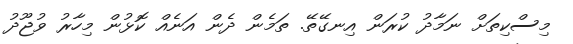
މިސްކިތަށް ނަމާދު ކުރަން އިނގޭތޭ. ތަމެން ދެން އަނެއް ކޮޅުން މިހާރު ވުޖޫދު